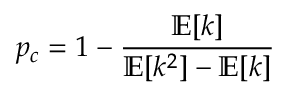
p _ { c } = 1 - { \frac { \mathbb { E } [ k ] } { \mathbb { E } [ k ^ { 2 } ] - \mathbb { E } [ k ] } }